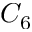
C _ { 6 }